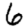
Digit: 6